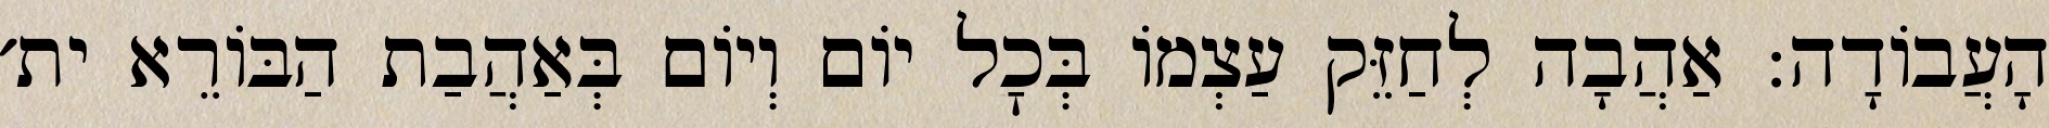
הָעֲבוֹדָה: אַהֲבָה לְחַזֵּק עַצְמוֹ בְּכׇל יוֹם וְיוֹם בְּאַהֲבַת הַבּוֹרֵא ית׳